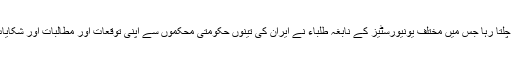
یہ پرخلوص ملاقات کا سلسلہ تقریباً 3 گھنٹہ تک چلتا رہا جس میں مختلف یونیورسٹیز کے نابغہ طلباء نے ایران کی تینوں حکومتی محکموں سے اپنی توقعات اور مطالبات اور شکایات کو رہبر انقلاب اسلامی کے حضور میں رکھا۔